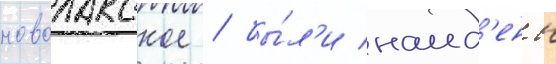
новолакское / бы́л'и наид'ены